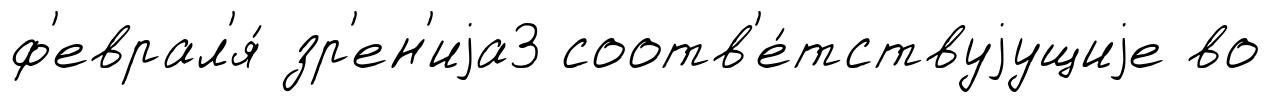
ф'еврал'я́ зр'ен'иjа3 соотв'е́тствуjущиjе во